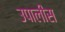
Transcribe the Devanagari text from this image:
उपालीस